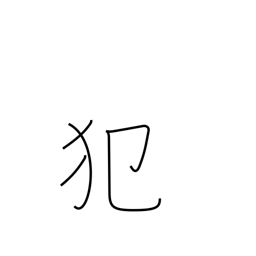
Meaning: sin